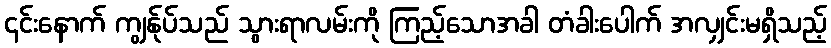
၎င်းနောက် ကျွန်ုပ်သည် သွားရာလမ်းကို ကြည့်သောအခါ တံခါးပေါက် အလျှင်းမရှိသည့်